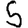
Digit: 5